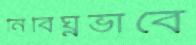
নির্বিঘ্নভাবে